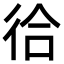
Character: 㣛